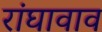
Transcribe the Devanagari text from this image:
रांघावाव